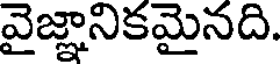
వైజ్ఞానికమైనది.